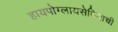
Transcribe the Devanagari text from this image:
हायपोग्लायसेमियाची